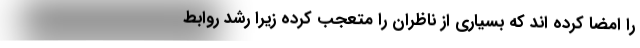
را امضا کرده اند که بسیاری از ناظران را متعجب کرده زیرا رشد روابط